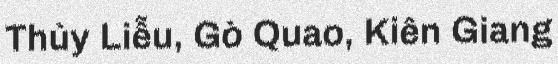
Thủy Liễu, Gò Quao, Kiên Giang